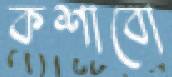
কশাবো